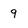
Character: 9